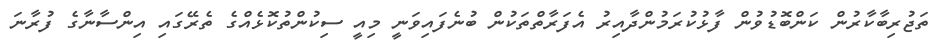
ތަޖުރިބާކާރުން ކަންބޮޑުވުން ފާޅުކުރަމުންދާއިރު އެފަރާތްތަކުން ބުނެފައިވަނީ މިއީ ސިކުންތުކޮޅެއްގެ ތެރޭގައި އިންސާނާގެ ފުރާނަ